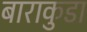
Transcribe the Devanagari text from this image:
बाराकुडा